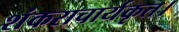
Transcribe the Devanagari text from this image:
शंकराचार्यकृत।